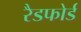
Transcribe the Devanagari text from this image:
रैडफोर्ड